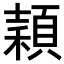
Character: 𥢙